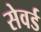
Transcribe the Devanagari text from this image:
सेवर्ड